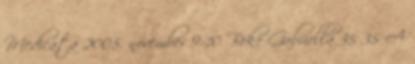
Medicata 2005. november 9-10 Beke Gabriella 35 35 A